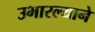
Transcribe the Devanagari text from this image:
उभारल्याने